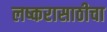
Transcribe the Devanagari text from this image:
लष्करासाठीचा